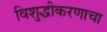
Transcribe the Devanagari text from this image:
विशुद्धीकरणाचा